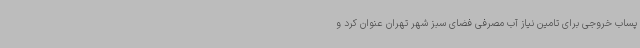
پساب خروجی برای تامین نیاز آب مصرفی فضای سبز شهر تهران عنوان کرد و